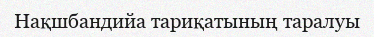
Нақшбандийа тариқатының таралуы